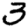
Digit: 3